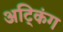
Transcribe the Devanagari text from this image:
अट्किंग